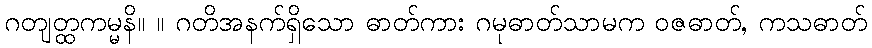
ဂတျတ္ထကမ္မနိ။ ။ ဂတိအနက်ရှိသော ဓာတ်ကား ဂမုဓာတ်သာမက ဝဇဓာတ်, ကသဓာတ်